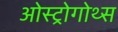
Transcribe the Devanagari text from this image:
ओस्ट्रोगोथ्स